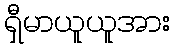
ရှီမာယူယူအား